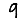
Digit: 9